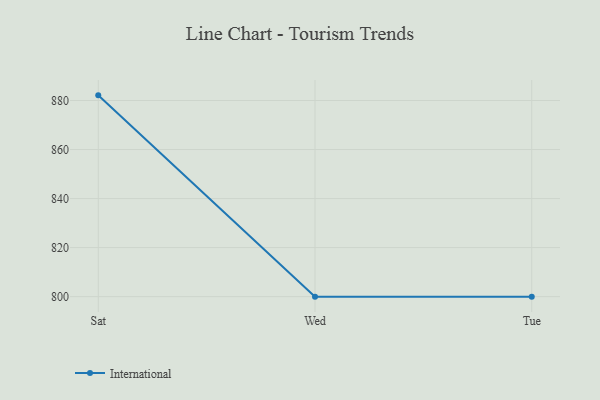
{"axis": {"x": "Day", "y": "Shipments"}, "legend": ["International"], "data": [{"x": "Sat", "y": 882.1, "type": "International"}, {"x": "Wed", "y": 800, "type": "International"}, {"x": "Tue", "y": 800, "type": "International"}]}